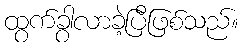
ထွက်ခွာလာခဲ့ပြီဖြစ်သည်။